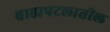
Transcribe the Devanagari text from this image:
बाह्यपटलातील